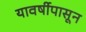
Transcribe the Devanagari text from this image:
यावर्षीपासून